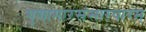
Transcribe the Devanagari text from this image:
गुणागारसंसारपारम्